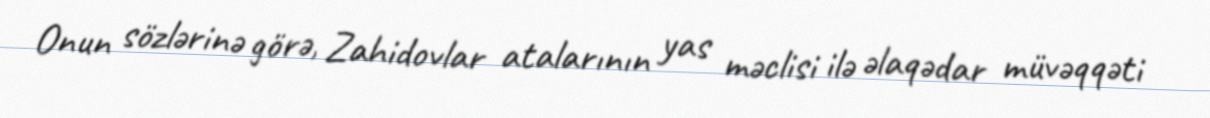
Onun sözlərinə görə, Zahidovlar atalarının yas məclisi ilə əlaqədar müvəqqəti